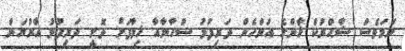
ނަމަވެސް ޝާޙްރުކް ޚާންގެ އަންހެން ދަރިފުޅު ސުހާނާއާ ޚިލާފަށް ދޮށީ ދަރިފުޅު އާރްޔަން